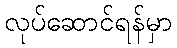
လုပ်ဆောင်ရန်မှာ